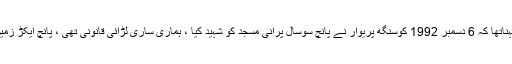
اسدالدین اویسی کا کہناتھا کہ 6 دسمبر 1992 کوسنگھ پریوار نے پانچ سوسال پرانی مسجد کو شہید کیا ، ہماری ساری لڑائی قانونی تھی ، پانچ ایکڑ زمین کیلئے نہیں تھی ۔